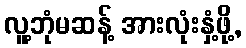
လူ့ဘုံမဆန့် အားလုံးနှံ့ဖို့,